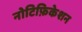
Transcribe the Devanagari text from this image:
नोटिफ़िकेशन